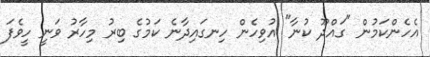
އެހެންކަމުން "ގައްދޫ ކުނާ" އުވިހެން ހިނގައިދާނެ ކަމުގެ ބިރު މިހާރު ވަނީ ހީވެފަ